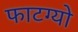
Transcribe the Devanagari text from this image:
फाटग्यो